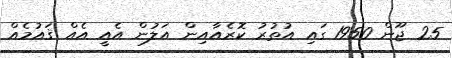
25 ޖޫން 1950 ގައި އުތުރު ކޮރެއާއިން އަލުން އެއީ އެއް ޤައުމެއް